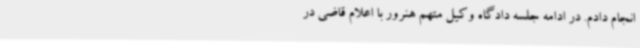
انجام دادم. در ادامه جلسه دادگاه وکیل متهم هنرور با اعلام قاضی در